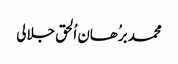
محمد برُھان اُلحق جلالی